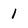
Character: 1